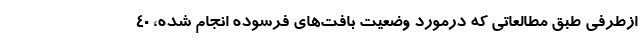
ازطرفی طبق مطالعاتی که درمورد وضعیت بافت‌های فرسوده انجام شده، ۴۰